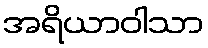
အရိယာဝါသာ